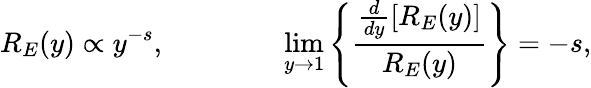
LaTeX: R_{E}(y)\propto y^{-s},~~~~~~~~~~~~~~~~\operatorname*{lim}_{y\rightarrow 1}\left\{ \frac{\frac{d}{dy}\left[R_{E}(y)\right]}{R_{E}(y)}\right\} =-s,